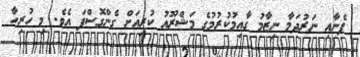
ފެނާއި ނަރުދަމާ ނިޒާމު ގާއިމުކުރުމުގެ މަޝްރޫއު ކުރިއަށް ގެންގޮސްފަ އެވެ. މި ހުރިހާ